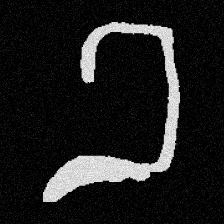
Pyu character \u2014 Myanmar letter: ခ (romanized: kha)